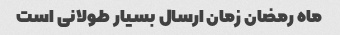
ماه رمضان زمان ارسال بسیار طولانی است